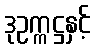
ဒုဥက္ကဋ္ဌနှင့်